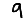
Digit: 9